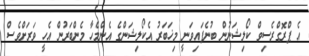
އެ ޕްރޮގްރެސިވް ކޯލިޝަނުން ބުނެފައިވަނީ މިޚަބަރު އެކޯލިޝަންގެ އެންމެހާ މެންބަރުން އެހީ ވަރަށްވެސް